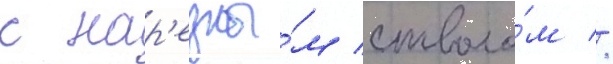
с нар'езны́м стволо́м //